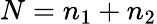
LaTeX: N=n_{1}+n_{2}